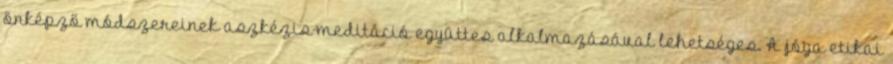
önképző módszereinek aszkézis-meditáció együttes alkalmazásával lehetséges. A jóga etikai